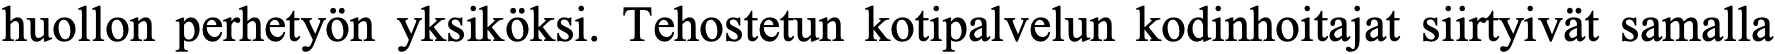
huollon perhetyön yksiköksi. Tehostetun kotipalvelun kodinhoitajat siirtyivät samalla